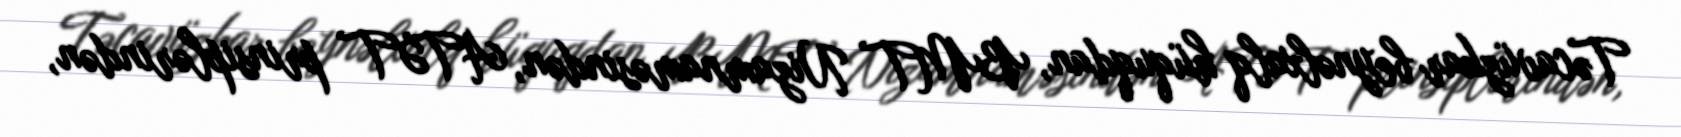
Təcavüzkar beynəlxalq hüquqdan, BMT Nizamnaməsindən, ATƏT prinsiplərindən,